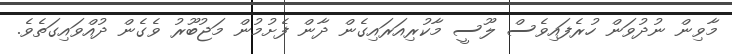
މާވިން ނުދުވަން ހުރެފައިވެސް ލޫސީ މާކުރިއަރައިގެން ދާން ފެށުމުން މަޖުބޫރު ވެގެން ދުއްވައިގަތެވެ.